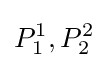
P_{1}^{1},P_{2}^{2}